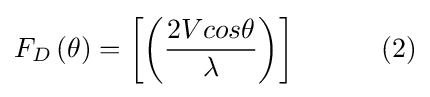
F_{D}\left(\theta \right)=\left[\left({\frac {2Vcos\theta }{\lambda }}\right)\right]\qquad \quad (2)